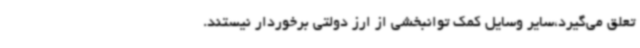
تعلق می‌گیرد،سایر وسایل کمک توانبخشی از ارز دولتی برخوردار نیستند.